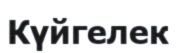
Күйгелек